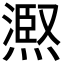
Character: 𭵺